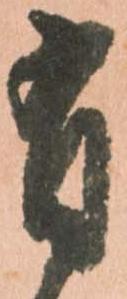
有